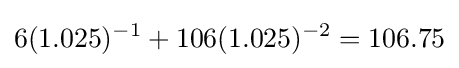
6(1.025)^{-1}+106(1.025)^{-2}=106.75